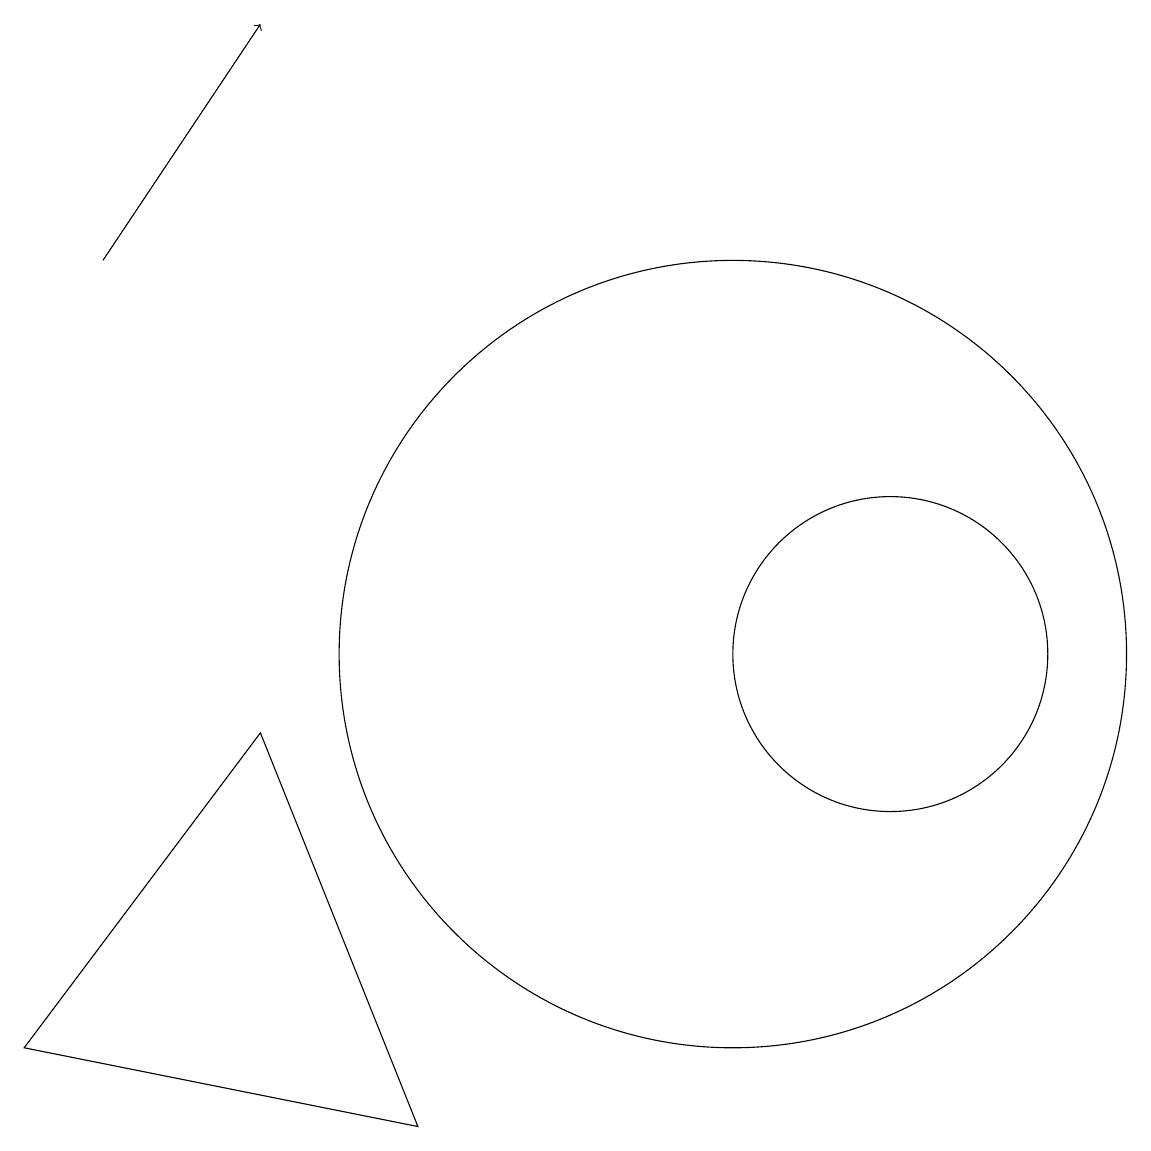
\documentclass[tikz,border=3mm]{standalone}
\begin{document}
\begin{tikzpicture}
\draw (4,9) -- (1,5) -- (6,4) -- cycle;
\draw[->] (2,15) -- (4,18);
\draw (10,10) circle (5);
\draw (12,10) circle (2);
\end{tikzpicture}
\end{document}